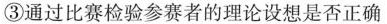
③通过比赛检验参赛者的理论设想是否正确